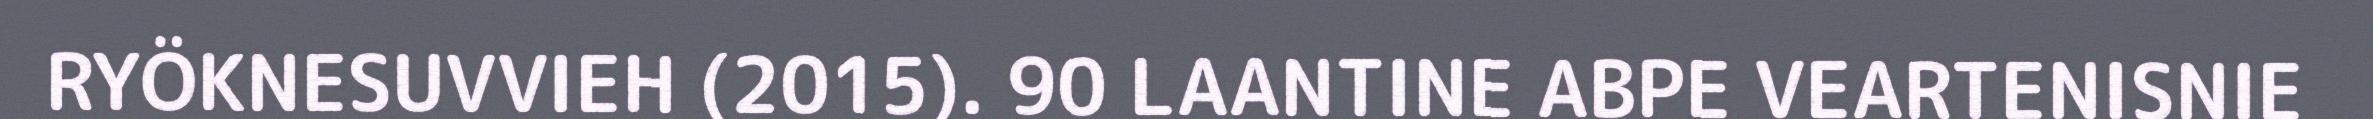
RYÖKNESUVVIEH (2015). 90 LAANTINE ABPE VEARTENISNIE